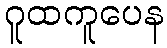
ဂူထကူပေန